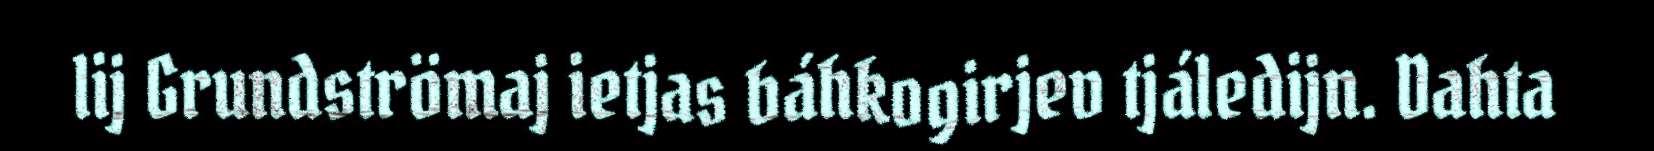
lij Grundströmaj ietjas báhkogirjev tjáledijn. Dahta